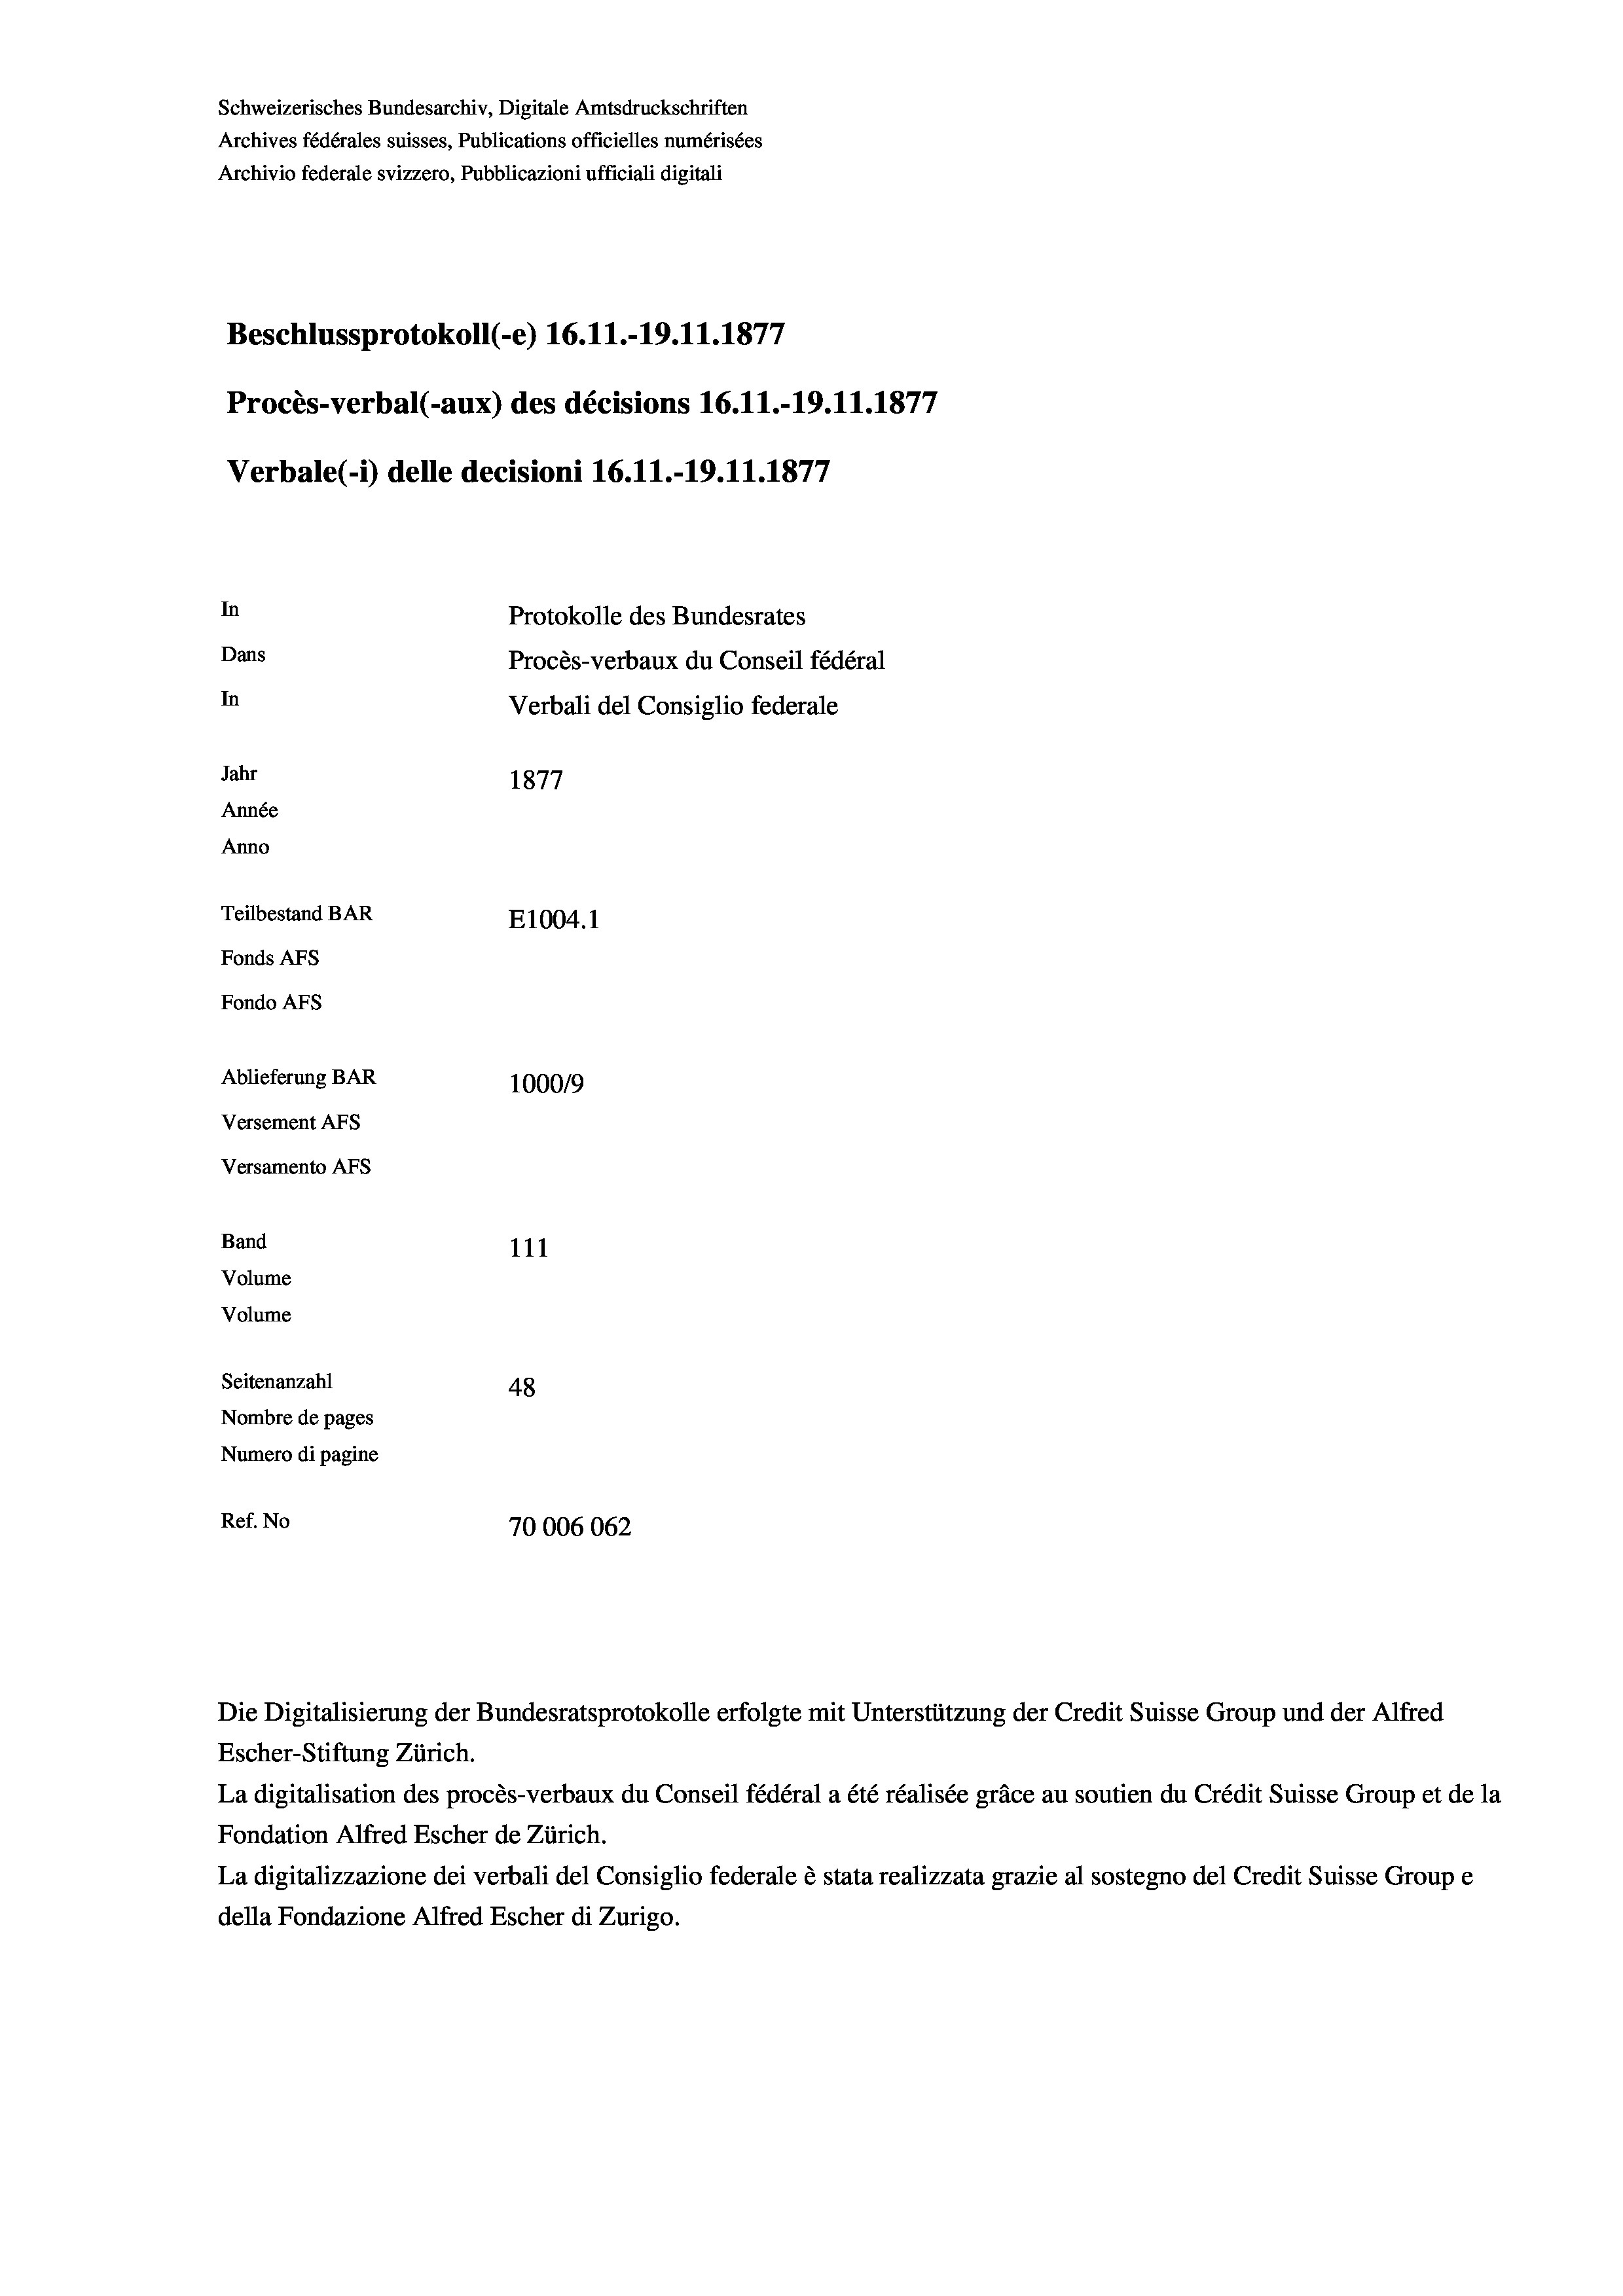
Schweizerisches Bundesarchiv, Digitale Amtsdruckschriften
Archives fédérales suisses, Publications officielles numérisées
Archivio federale svizzero, Pubblicazioni ufficiali digitali
Beschlussprotokoll (-e) 16.11.-19.11.1877
Procès-verbal (-aux) des décisions 16.11.-19.11.1877
Verbale(-*) delle decisioni 16.11.-19.11.1877
In
Protokolle des Bundesrates
Dans
Procès-verbaux du Conseil fédéral
In
Verbali del Consiglio federale
Jahr
1877
Année
Anno
Teilbestand BAR
E1004.1
Fonds AFs
Fondo AFs
Ablieferung BAR
100019
Versement AFs
Versamento AFs
Band
111
Volume
Volume
Seitenanzahl
48
Nombre de pages
Numero di pagine
Ref. No
70006062

Die Digitalisierung der Bundesratsprotokolle erfolgte mit Unterstützung der Credit Suisse Group und der Alfred
Escher-Stiftung Zürich.
La digitalisation des procès-verbaux du Conseil fédéral a été réalisée gräce au soutien du Crédit Suisse Group et de la
Fondation Alfred Escher de Zürich.
La digitalizzazione dei verbali del Consiglio federale è stata realizzata grazie al sostegno del Credit Suisse Groupe
della Fondazione Alfred Escher di Zurigo.